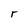
Character: r